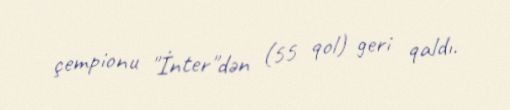
çempionu "İnter"dən (55 qol) geri qaldı.